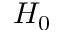
H _ { 0 }